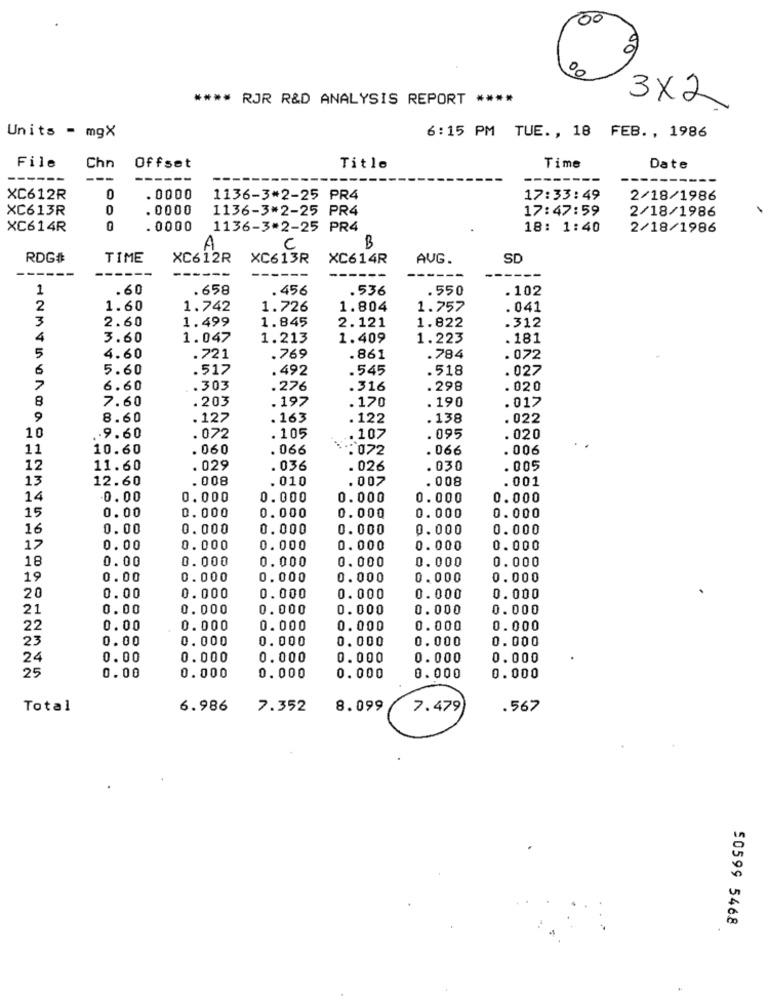
100
00
00
**** RJR R&D ANALYSIS REPORT ****
3X2
Units - mgX
6:15 PM TUE ., 18 FEB. , 1986
File
Offset
Time
Chn
Title
Date
-----
---
------
XC612R
. 0000
1136-3*2-25 PR4
17:33:49
2/18/1986
XC613R
. 0000
1136-3#2-25 PR4
17:47:59
2/18/1986
XC614R
0
. 0000
1136-3*2-25 PR4
18: 1:40
2/18/1986
A
C
B
RDG#
TIME
XC612R
XC613R
XC614R
AUG.
SD
1
.60
.658
. 456
.536
. 550
. 102
2
1.60
1.742
1.726
1.804
1.757
.041
3
2.60
1.499
1.845
.312
2.121
1.822
4
3.60
1.047
1.213
1.409
1.223
.181
5
4.60
.721
.769
.861
.784
. 072
6
5.60
.517
.492
.545
.518
.027
7
6.60
.303
.276
.316
. 298
. 020
8
.203
. 197
.170
. 190
.017
7.60
9
8.60
. 127
.163
. 122
.138
.022
10
.9.60
. 072
. 105
.107
.095
. 020
11
10.60
.060
. 066
:072
. 066
. 006
12
11.60
. 029
. 036
. 026
.030
. 005
13
12.60
.008
. 010
.007
. 008
.001
14
0.00
0.000
0.000
0.000
0.000
0.000
15
0.00
0.000
0.000
0.000
0.000
0.000
16
0.00
0.000
0.000
0. 000
0.000
0.000
17
0.00
0.000
0.000
0.000
0.000
0.000
18
0.00
0.000
0.000
0.000
0.000
0.000
19
0.00
0.000
0.000
0.000
0.000
0.000
20
0.00
0.000
0.000
0.000
0.000
0.000
21
0.00
0.000
0.000
0.000
0.000
0.000
22
0.00
0.000
0.000
0.000
0.000
0.000
23
0.00
0.000
0.000
0.000
0.000
0.000
24
0.00
0.000
0.000
0.000
0.000
0.000
25
0.00
0.000
0.000
0.000
0.000
0.000
Total
6.986
7.352
8.099
7.479
.567
50599 5468